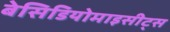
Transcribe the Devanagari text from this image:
बेसिडियोमाइसीट्स